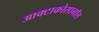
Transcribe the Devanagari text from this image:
आक्टाकोसानॉल